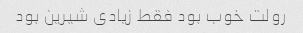
رولت خوب بود فقط زیادی شیرین بود